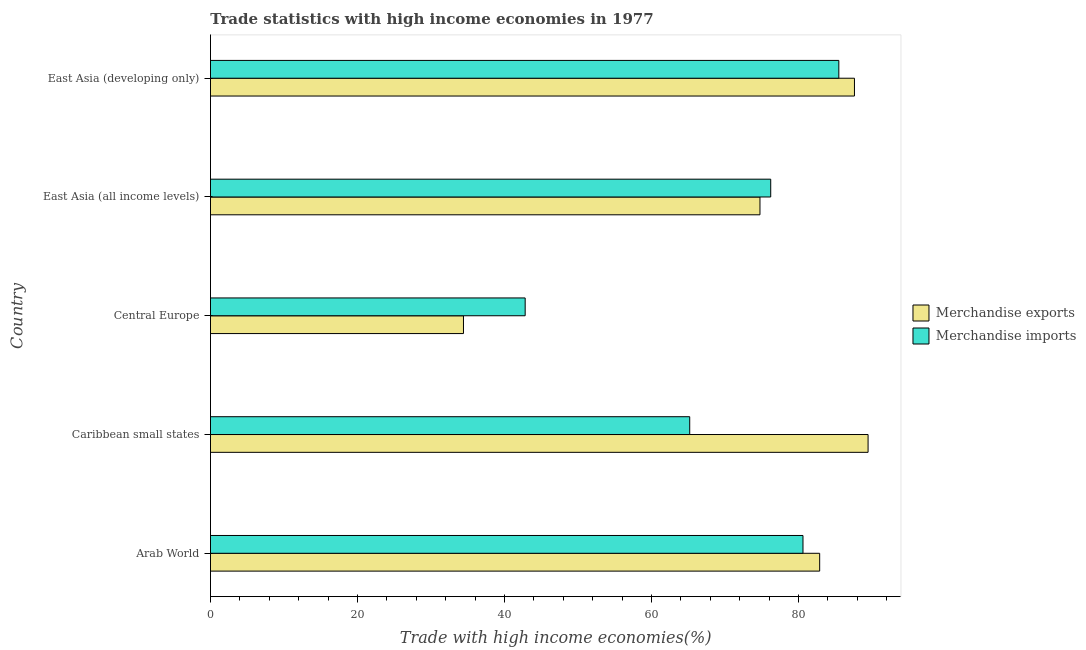
| Country | Merchandise exports | Merchandise imports |
 | --- | --- | --- |
 | Arab World | 82.9 | 80.6 |
 | Caribbean small states | 89.5 | 65.2 |
 | Central Europe | 34.4 | 42.8 |
 | East Asia (all income levels) | 74.8 | 76.2 |
 | East Asia (developing only) | 87.6 | 85.5 |